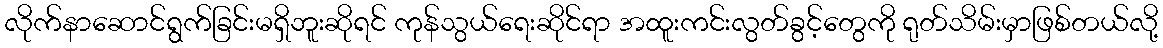
လိုက်နာဆောင်ရွက်ခြင်းမရှိဘူးဆိုရင် ကုန်သွယ်ရေးဆိုင်ရာ အထူးကင်းလွတ်ခွင့်တွေကို ရုတ်သိမ်းမှာဖြစ်တယ်လို့